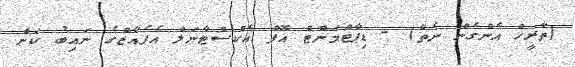
(ތާރީހް އެންގެން ނެތް) - ޑިޕާޓްމަންޓް އޮފް އެކްސްޓާނަލް އެފެއާޒްގެ ނައިބު ކަން